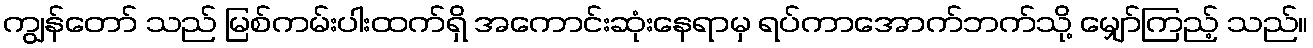
ကျွန်တော် သည် မြစ်ကမ်းပါးထက်ရှိ အကောင်းဆုံးနေရာမှ ရပ်ကာအောက်ဘက်သို့ မျှော်ကြည့် သည်။